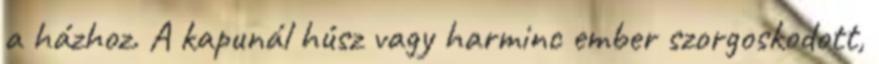
a házhoz. A kapunál húsz vagy harminc ember szorgoskodott,